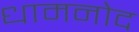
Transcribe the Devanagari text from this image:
धामनोद